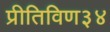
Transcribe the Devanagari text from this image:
प्रीतिविण३४